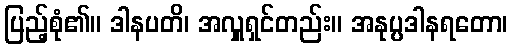
ပြည့်စုံ၏။ ဒါနပတိ၊ အလှူရှင်တည်း။ အနုပ္ပဒါနရတော၊